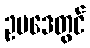
ဥပဒေတွင်